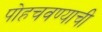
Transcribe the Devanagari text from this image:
पोहचवण्याची